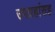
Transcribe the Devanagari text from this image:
उपग्रहांसह